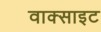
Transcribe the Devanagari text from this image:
वाक्साइट